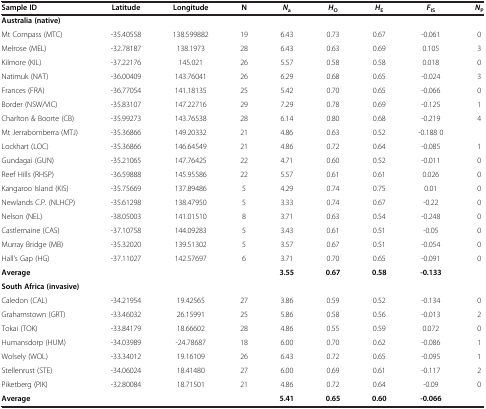
<table><thead><tr><td><b>Sample ID</b></td><td><b>Latitude</b></td><td><b>Longitude</b></td><td><b>N</b></td><td><b><i>N</i><sub>a</sub></b></td><td><b><i>H</i><sub>O</sub></b></td><td><b><i>H</i><sub>E</sub></b></td><td><b><i>F</i><sub>IS</sub></b></td><td><b><i>N</i><sub>P</sub></b></td></tr></thead><tbody><tr><td><b>Australia (native)</b></td><td> </td><td> </td><td> </td><td> </td><td> </td><td> </td><td> </td><td> </td></tr><tr><td>Mt Compass (MTC)</td><td>-35.40558</td><td>138.599882</td><td>19</td><td>6.43</td><td>0.73</td><td>0.67</td><td>-0.061</td><td>0</td></tr><tr><td>Melrose (MEL)</td><td>-32.78187</td><td>138.1973</td><td>28</td><td>6.43</td><td>0.63</td><td>0.69</td><td>0.105</td><td>3</td></tr><tr><td>Kilmore (KIL)</td><td>-37.22176</td><td>145.021</td><td>26</td><td>5.57</td><td>0.58</td><td>0.58</td><td>0.018</td><td>0</td></tr><tr><td>Natimuk (NAT)</td><td>-36.00409</td><td>143.76041</td><td>26</td><td>6.29</td><td>0.68</td><td>0.65</td><td>-0.024</td><td>3</td></tr><tr><td>Frances (FRA)</td><td>-36.77054</td><td>141.18135</td><td>25</td><td>5.42</td><td>0.70</td><td>0.65</td><td>-0.066</td><td>0</td></tr><tr><td>Border (NSW/VIC)</td><td>-35.83107</td><td>147.22716</td><td>29</td><td>7.29</td><td>0.78</td><td>0.69</td><td>-0.125</td><td>1</td></tr><tr><td>Charlton &amp; Boorte (CB)</td><td>-35.99273</td><td>143.76538</td><td>28</td><td>6.14</td><td>0.80</td><td>0.68</td><td>-0.219</td><td>4</td></tr><tr><td>Mt Jerrabomberra (MTJ)</td><td>-35.36866</td><td>149.20332</td><td>21</td><td>4.86</td><td>0.63</td><td>0.52</td><td>-0.188 0</td><td> </td></tr><tr><td>Lockhart (LOC)</td><td>-35.36866</td><td>146.64549</td><td>21</td><td>4.86</td><td>0.72</td><td>0.64</td><td>-0.085</td><td>1</td></tr><tr><td>Gundagai (GUN)</td><td>-35.21065</td><td>147.76425</td><td>22</td><td>4.71</td><td>0.60</td><td>0.52</td><td>-0.011</td><td>0</td></tr><tr><td>Reef Hills (RHSP)</td><td>-36.59888</td><td>145.95586</td><td>22</td><td>5.57</td><td>0.61</td><td>0.61</td><td>0.026</td><td>0</td></tr><tr><td>Kangaroo Island (KIS)</td><td>-35.75669</td><td>137.89486</td><td>5</td><td>4.29</td><td>0.74</td><td>0.75</td><td>0.01</td><td>0</td></tr><tr><td>Newlands C.P. (NLHCP)</td><td>-35.61298</td><td>138.47950</td><td>5</td><td>3.33</td><td>0.74</td><td>0.67</td><td>-0.22</td><td>0</td></tr><tr><td>Nelson (NEL)</td><td>-38.05003</td><td>141.01510</td><td>8</td><td>3.71</td><td>0.63</td><td>0.54</td><td>-0.248</td><td>0</td></tr><tr><td>Castlemaine (CAS)</td><td>-37.10758</td><td>144.09283</td><td>5</td><td>3.43</td><td>0.61</td><td>0.51</td><td>-0.05</td><td>0</td></tr><tr><td>Murray Bridge (MB)</td><td>-35.32020</td><td>139.51302</td><td>5</td><td>3.57</td><td>0.67</td><td>0.51</td><td>-0.054</td><td>0</td></tr><tr><td>Hall’s Gap (HG)</td><td>-37.11027</td><td>142.57697</td><td>6</td><td>3.71</td><td>0.70</td><td>0.65</td><td>-0.091</td><td>0</td></tr><tr><td><b>Average</b></td><td> </td><td> </td><td> </td><td><b>3.55</b></td><td><b>0.67</b></td><td><b>0.58</b></td><td><b>-0.133</b></td><td> </td></tr><tr><td><b>South Africa (invasive)</b></td><td> </td><td> </td><td> </td><td> </td><td> </td><td> </td><td> </td><td> </td></tr><tr><td>Caledon (CAL)</td><td>-34.21954</td><td>19.42565</td><td>27</td><td>3.86</td><td>0.59</td><td>0.52</td><td>-0.134</td><td>0</td></tr><tr><td>Grahamstown (GRT)</td><td>-33.46032</td><td>26.15991</td><td>25</td><td>5.86</td><td>0.58</td><td>0.56</td><td>-0.013</td><td>2</td></tr><tr><td>Tokai (TOK)</td><td>-33.84179</td><td>18.66602</td><td>28</td><td>4.86</td><td>0.55</td><td>0.59</td><td>0.072</td><td>0</td></tr><tr><td>Humansdorp (HUM)</td><td>-34.03989</td><td>-24.78687</td><td>18</td><td>6.00</td><td>0.70</td><td>0.62</td><td>-0.086</td><td>1</td></tr><tr><td>Wolsely (WOL)</td><td>-33.34012</td><td>19.16109</td><td>26</td><td>6.43</td><td>0.72</td><td>0.65</td><td>-0.095</td><td>1</td></tr><tr><td>Stellenrust (STE)</td><td>-34.06024</td><td>18.41480</td><td>27</td><td>6.00</td><td>0.69</td><td>0.61</td><td>-0.117</td><td>2</td></tr><tr><td>Piketberg (PIK)</td><td>-32.80084</td><td>18.71501</td><td>21</td><td>4.86</td><td>0.72</td><td>0.64</td><td>-0.09</td><td>0</td></tr><tr><td><b>Average</b></td><td> </td><td> </td><td> </td><td><b>5.41</b></td><td><b>0.65</b></td><td><b>0.60</b></td><td><b>-0.066</b></td><td> </td></tr></tbody></table>